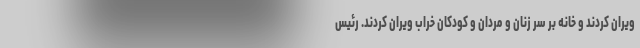
ویران کردند و خانه بر سر زنان و مردان و کودکان خراب ویران کردند. رئیس